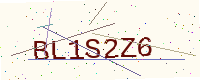
Text: BL1S2Z6